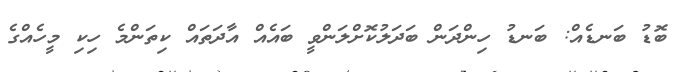
ބޮޑު ބަނޑެއް: ބަނޑު ހިންދަން ބަދަލުކޮށްލަންވީ ބައެއް އާދަތައް ކިތަންމެ ހިކި މީހެއްގެ